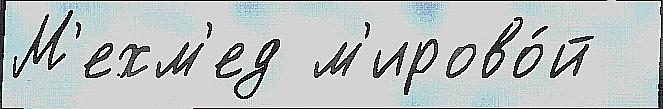
М'ехм'ед м'ирово́й